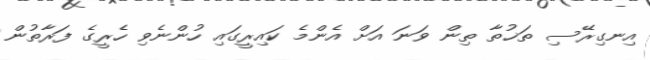
އިނގިރޭސި ތަޚުތާ ތިން ވަނަ އަށް އެންމެ ކައިރީގައި ހުންނެވި ހެރީގެ ފަރާތުން